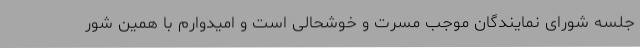
جلسه شورای نمایندگان موجب مسرت و خوشحالی است و امیدوارم با همین شور